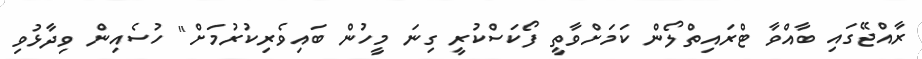
ރާއްޖޭގައި ބާއްވާ ޓްރައިތްލޯން ކަމަށްވާތީ ފޯކަސްކުރީ ގިނަ މީހުން ބައިވެރިކުރުމަށް" ހުސެއިން ވިދާޅުވި